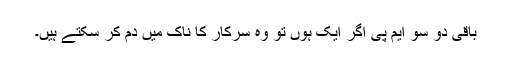
باقی دو سو ایم پی اگر ایک ہوں تو وہ سرکار کا ناک میں دم کر سکتے ہیں۔